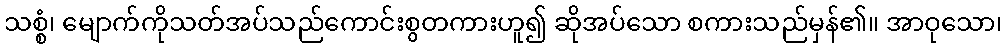
သစ္စံ၊ မျောက်ကိုသတ်အပ်သည်ကောင်းစွတကားဟူ၍ ဆိုအပ်သော စကားသည်မှန်၏။ အာဝုသော၊